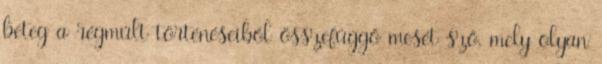
beteg a régmúlt történéseiből összefüggő mesét sző, mely olyan